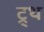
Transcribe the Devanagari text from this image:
ट्र्थ